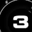
Digit: 3